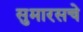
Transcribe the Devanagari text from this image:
सुमारसचे